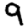
Digit: 9